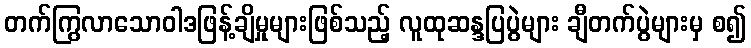
တက်ကြွလာသောဝါဒဖြန့်ချိမှုများဖြစ်သည့် လူထုဆန္ဒပြပွဲများ ချီတက်ပွဲများမှ စ၍